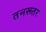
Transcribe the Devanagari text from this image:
तनरूतर